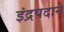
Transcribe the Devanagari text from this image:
इंद्रपदाने